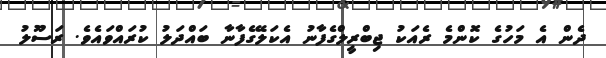
ދެން އެ މަހުގެ ކޮންމެ ރެއަކު ޖިބްރީލްގެފާނު އެކަލޭގެފާނާ ބައްދަލު ކުރައްވައެވެ. ރަސޫލު